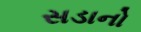
સડાનો